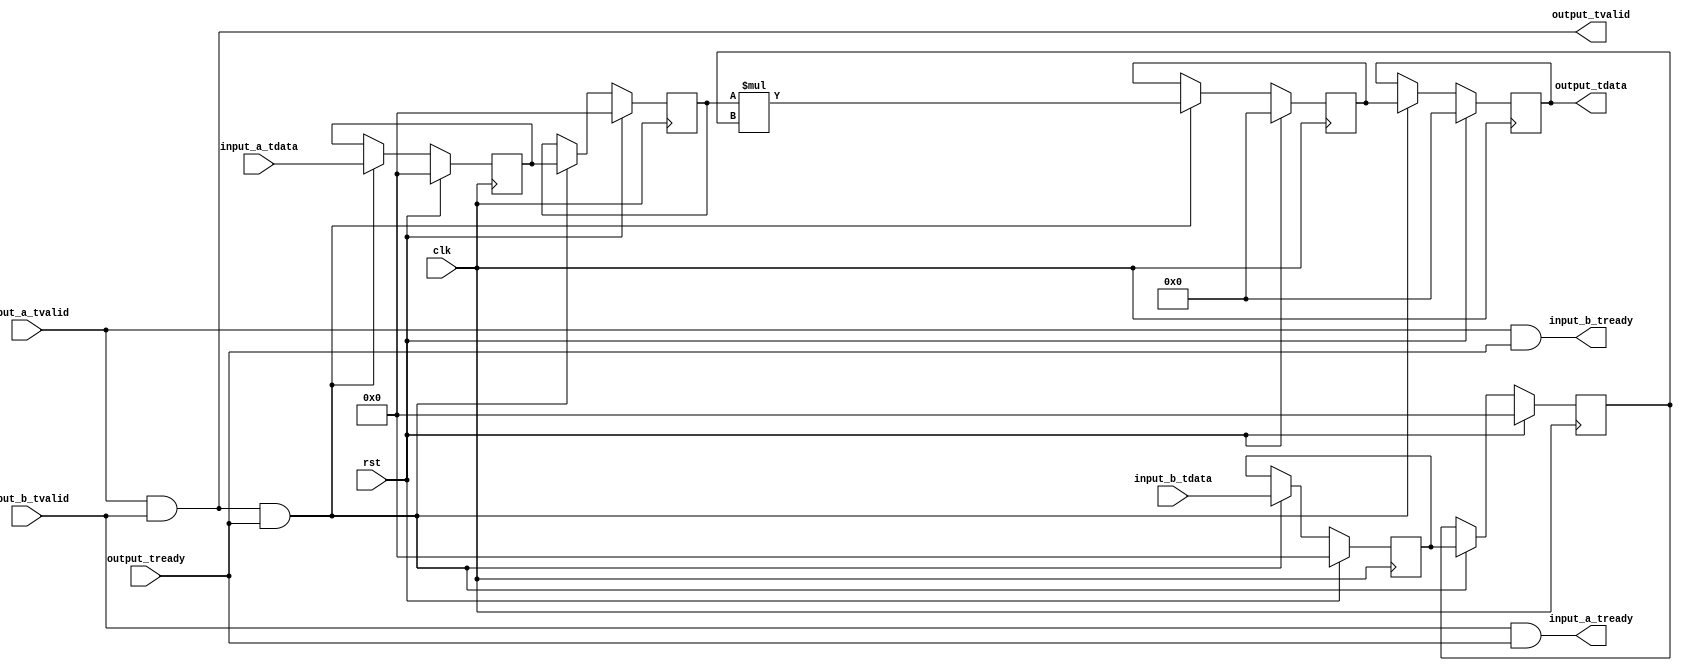
module dsp_mult #
(
    parameter WIDTH = 16
)
(
    input  wire                  clk,
    input  wire                  rst,

    /*
     * AXI stream inputs
     */
    input  wire [WIDTH-1:0]      input_a_tdata,
    input  wire                  input_a_tvalid,
    output wire                  input_a_tready,

    input  wire [WIDTH-1:0]      input_b_tdata,
    input  wire                  input_b_tvalid,
    output wire                  input_b_tready,

    /*
     * AXI stream output
     */
    output wire [(WIDTH*2)-1:0]  output_tdata,
    output wire                  output_tvalid,
    input  wire                  output_tready
);

reg [WIDTH-1:0] input_a_reg_0 = 0;
reg [WIDTH-1:0] input_a_reg_1 = 0;

reg [WIDTH-1:0] input_b_reg_0 = 0;
reg [WIDTH-1:0] input_b_reg_1 = 0;

reg [(WIDTH*2)-1:0] output_reg_0 = 0;
reg [(WIDTH*2)-1:0] output_reg_1 = 0;

wire transfer = input_a_tvalid & input_b_tvalid & output_tready;

assign input_a_tready = input_b_tvalid & output_tready;
assign input_b_tready = input_a_tvalid & output_tready;

assign output_tdata = output_reg_1;
assign output_tvalid = input_a_tvalid & input_b_tvalid;

always @(posedge clk) begin
    if (rst) begin
        input_a_reg_0 <= 0;
        input_a_reg_1 <= 0;

        input_b_reg_0 <= 0;
        input_b_reg_1 <= 0;

        output_reg_0 <= 0;
        output_reg_1 <= 0;
    end else begin
        if (transfer) begin
            // pipeline for Xilinx DSP slice

            // register
            input_a_reg_0 <= input_a_tdata;
            input_b_reg_0 <= input_b_tdata;

            // pipeline
            input_a_reg_1 <= input_a_reg_0;
            input_b_reg_1 <= input_b_reg_0;

            // multiply
            output_reg_0 <= $signed(input_a_reg_1) * $signed(input_b_reg_1);

            // pipeline
            output_reg_1 <= output_reg_0;
        end
    end
end

endmodule